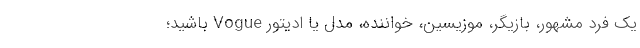
یک فرد مشهور، بازیگر، موزیسین، خواننده، مدل یا ادیتور Vogue باشید؛